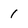
Character: 1